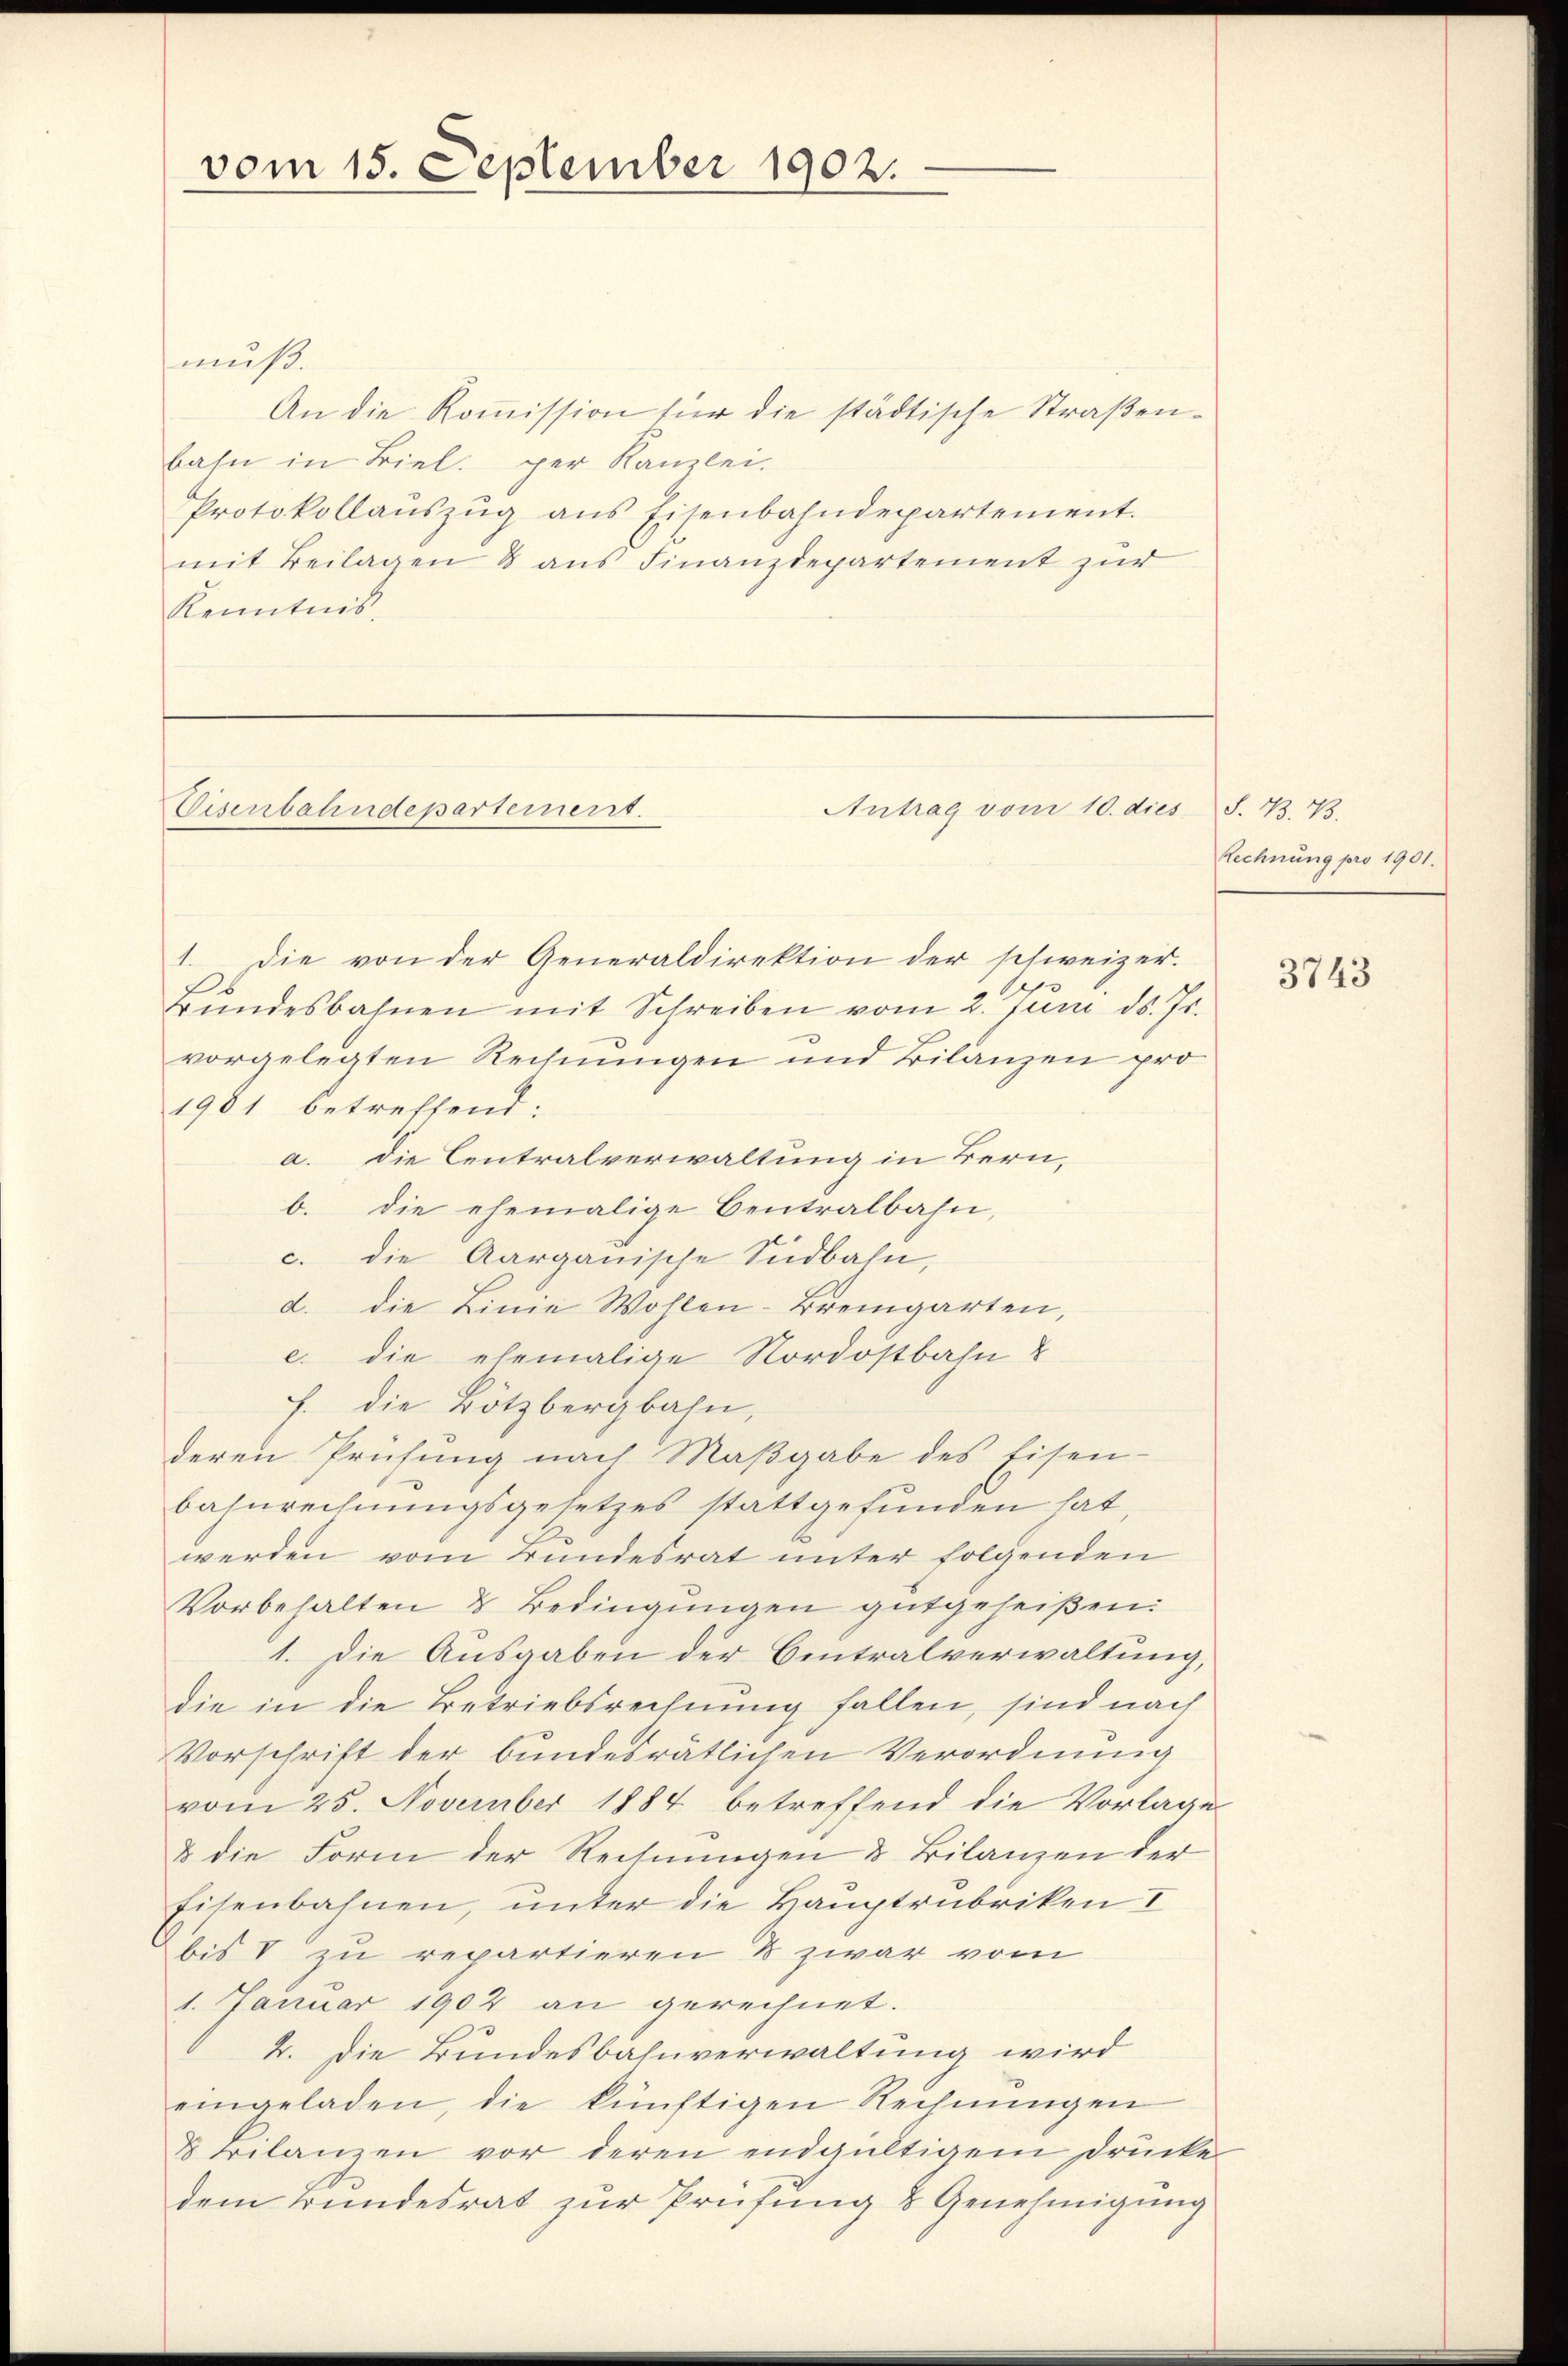
vom 15. September 1902.

muß.
An die Koṁission für die städtische Straßenbahn in Biel. per Kanzlei.
Protokollaŭszŭg ans Eisenbahndepartement.
mit Beilagen & aus Finanzdepartement zur
Kenntnis.

Eisenbahndepartement.

Antrag vom 10. dies

1. Die von der Generaldirektion der schweizer.
Bŭndesbahnen mit Schreiben vom 2. Juni d. Js.
vorgelegten Rechnungen und Bilanzen pro
1981 betreffend:
a. Die Centralverwaltung in Bern,
b. die ehemalige Centralbahn,
c. die Aargauische Südbahn,
d. die Linie Wohlen-Bremgarten,
e. die ehemalige Nordostbahn &
f. die Bötzbergbahn,
deren Prüfung nach Maβgabe des Eisen-
bahnrechnungsgesetzes stattgefunden hat
werden vom Bundesrat unter folgenden
Vorbehalten & Bedingungen gutgeheißen:
1. Die Ausgaben der Centralverwaltung,
die in die Betriebsrechnung fallen, sind nach
Vorschrift der bundesrätlichen Verordnung
vom 25. November 1884 betreffend die Vorlages
& die Form der Rechnungen & Bilanzen der
Eisenbahnen, unter die Hauptrubriken I
bis V zu repartieren & zwar vom
1. Januar 1902 an gerechnet.
2. Die Bundesbahnverwaltung wird
eingeladen, die künftigen Rechnŭngen
8 Bilanzen vor deren endgültigem Drucke
dem Bundesrat zur Prüfung & Genehmigung

S. B. B.
Rechnung pro 1901.

3743